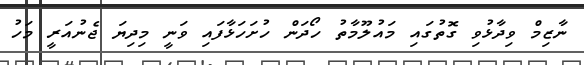
ނާޒިމް ވިދާޅުވި ގޮތުގައި މައުލޫމާތު ހޯދަން ހުށަހަޅާފައި ވަނީ މިދިޔަ ޖެނުއަރީ މަހު